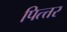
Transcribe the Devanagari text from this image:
पित्त्तर